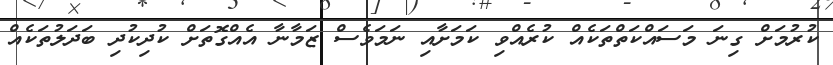
ކުރުމަށް ގިނަ މަސައްކަތްތަކެއް ކުރެއްވި ކަމަށާއި ނަމަވެސް ޒަމާނާ އެއްގޮތަށް ކުދިކުދި ބަދަލުތަކެއް